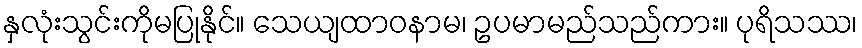
နှလုံးသွင်းကိုမပြုနိုင်။ သေယျထာဝနာမ၊ ဥပမာမည်သည်ကား။ ပုရိသဿ၊